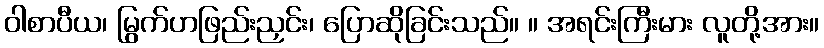
ဝါစာပီယ၊ မြွက်ဟဖြည်းညှင်း၊ ပြောဆိုခြင်းသည်။ ။ အရင်းကြီးမား လူတို့အား။